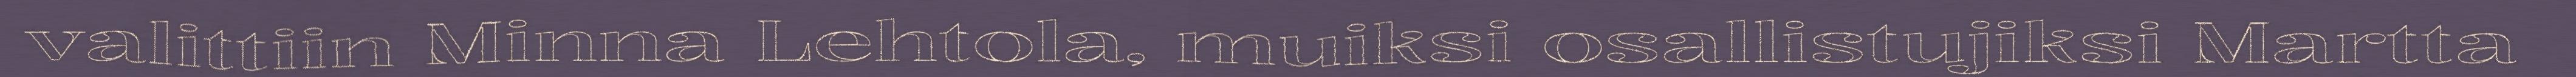
valittiin Minna Lehtola, muiksi osallistujiksi Martta